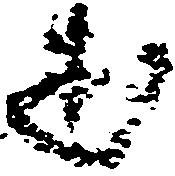
述